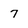
Character: 7